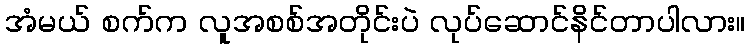
အံမယ် စက်က လူအစစ်အတိုင်းပဲ လုပ်ဆောင်နိင်တာပါလား။